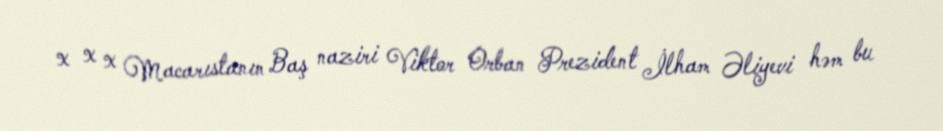
x x x Macarıstanın Baş naziri Viktor Orban Prezident İlham Əliyevi həm bu